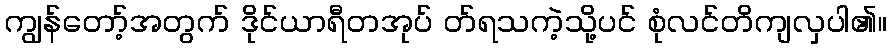
ကျွန်တော့်အတွက် ဒိုင်ယာရီတအုပ် တ်ရသကဲ့သို့ပင် စုံလင်တိကျလှပါ၏။